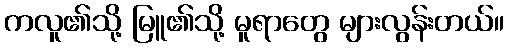
ကလူ၏သို့ မြူ၏သို့ မူရာတွေ များလွန်းတယ်။